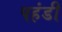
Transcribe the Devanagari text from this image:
पहंडी